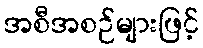
အစီအစဉ်များဖြင့်